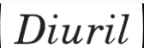
Diuril